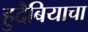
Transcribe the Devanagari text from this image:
हुदैबियाचा